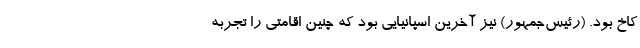
کاخ بود. (رئیس‌جمهور) نیز آخرین اسپانیایی بود که چنین اقامتی را تجربه